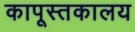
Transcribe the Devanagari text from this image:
कापूस्तकालय